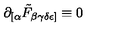
\partial _ { [ \alpha } \tilde { F } _ { \beta \gamma \delta \epsilon ] } \equiv 0